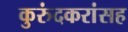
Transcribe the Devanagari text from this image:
कुरुंदकरांसह